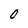
Character: 0